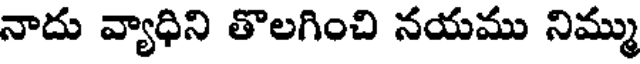
నాదు వ్యాధిని తొలగించి నయము నిమ్ము